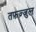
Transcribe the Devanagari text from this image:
तफ़ज़्ज़ुल